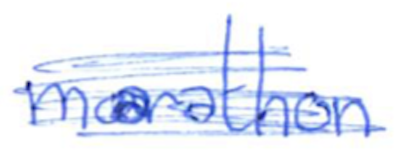
Text: marathon
Cross-out: scratch
Writing tool: ballpoint